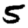
Digit: 5